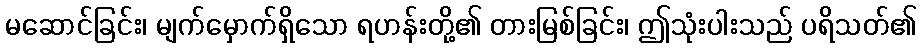
မဆောင်ခြင်း၊ မျက်မှောက်ရှိသော ရဟန်းတို့၏ တားမြစ်ခြင်း၊ ဤသုံးပါးသည် ပရိသတ်၏